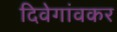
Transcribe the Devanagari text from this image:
दिवेगांवकर